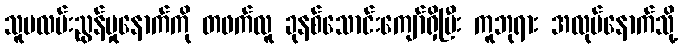
သူမလမ်းညွန်မှုနောက်ကို တဖက်လူ ခုနစ်သောင်းကျော်ရှိပြီး ကူဘုရား အလုပ်နောက်သို့